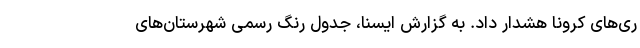
ری‌های کرونا هشدار داد. به گزارش ایسنا، جدول رنگ رسمی شهرستان‌های